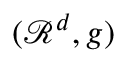
( \mathcal { R } ^ { d } , g )